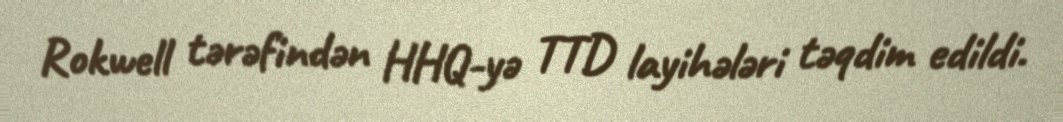
Rokwell tərəfindən HHQ-yə TTD layihələri təqdim edildi.